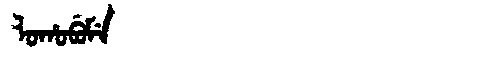
Manchu: ᠯᠣᡥᠣᠪᡠᠮᡝ
Romanization: LOHOBUME